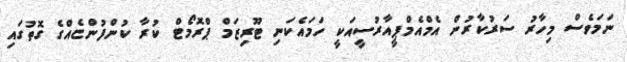
ނަމަވެސް މިހާރު ސަރުކާރުން އެމްއެމްޕީއާރުސީއަކީ ހަމައެކަނި ޓޫރިޒަމް ޕްރޮމޯޓް ކުރާ ކުންފުންޏެއްގެ ގޮތުގައި